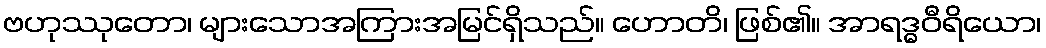
ဗဟုဿုတော၊ များသောအကြားအမြင်ရှိသည်။ ဟောတိ၊ ဖြစ်၏။ အာရဒ္ဓဝီရိယော၊